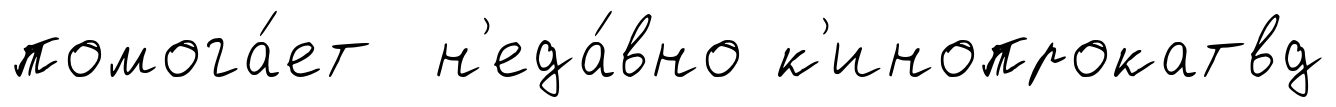
помога́ет н'еда́вно к'инопрокатвд